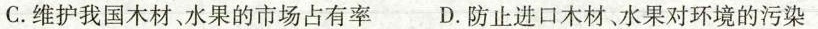
C.维护我国木材、水果的市场占有率 D.防止进口木材、水果对环境的污染